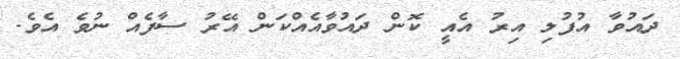
ދައުވާ އުފުލި އިރު އެއީ ކޮން ދައުވާއެއްކަން އޭރު ސާފެއް ނުވެ އެވެ.